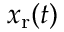
x _ { \mathrm { r } } ( t )